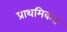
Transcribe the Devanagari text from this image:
प्राथमिकत